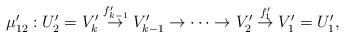
LaTeX: \begin{align*}\mu_{12}': U_2' = V'_{k} \stackrel{f'_{k-1}}{\rightarrow} V'_{k-1} \rightarrow \cdots \rightarrow V'_2 \stackrel{f'_1}{\rightarrow} V'_1 = U'_1, \end{align*}